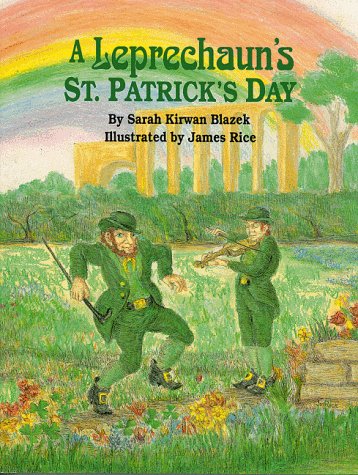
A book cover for Leprechaun's St Patrick Day, A; Sarah Blazek; Children's Books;